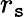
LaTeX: r_{\mathtt{s}}